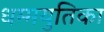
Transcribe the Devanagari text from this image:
धम्मयुतिका